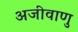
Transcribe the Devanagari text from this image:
अजीवाणु